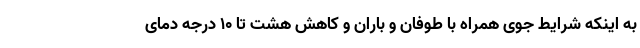
به اینکه شرایط جوی همراه با طوفان و باران و کاهش هشت تا ۱۰ درجه دمای